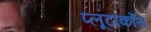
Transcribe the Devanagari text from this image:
प्लूटार्कोस